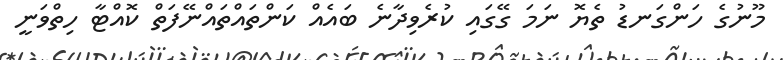
މޫނުގެ ހަންގަނޑު ތެޔޮ ނަމަ ގޭގައި ކުރެވިދާނެ ބައެއް ކަންތައްތައްނޭފަތް ކޮއްޓާ ހިތްވަނީ